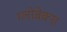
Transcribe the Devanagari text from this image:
ग्लोबेक्स